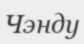
Чэнду